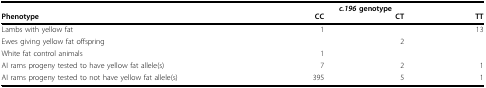
|  | <COLSPAN=3> c.196 genotype |
 | Phenotype | CC | CT | TT |
 | --- | --- | --- | --- |
 | Lambs with yellow fat | 1 |  | 13 |
 | Ewes giving yellow fat offspring |  | 2 |  |
 | White fat control animals | 1 |  |  |
 | AI rams progeny tested to have yellow fat allele(s) | 7 | 2 | 1 |
 | AI rams progeny tested to not have yellow fat allele(s) | 395 | 5 | 1 |